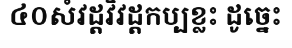
៤០សំវដ្តវិវដ្តកប្បខ្លះ ដូច្នេះ